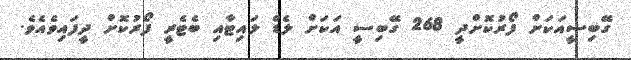
ގޭބިސީއަކަށް ފޯރުކޮށްދީ 268 ގޭބިސީ އަކަށް ލެޑް ލައިޓާއި ބެޓެރީ ފޯރުކޮށް ދީފައިވެއެވެ.